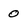
Character: 0